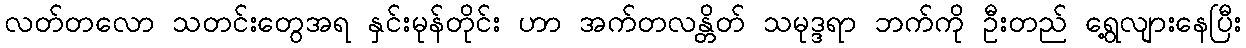
လတ်တလော သတင်းတွေအရ နှင်းမုန်တိုင်း ဟာ အက်တလန္တိတ် သမုဒ္ဒရာ ဘက်ကို ဦးတည် ရွေ့လျားနေပြီး